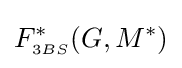
F_{\scriptscriptstyle 3BS}^{\ast }(G,M^{\ast })